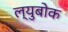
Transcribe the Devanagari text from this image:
ल्युबोक